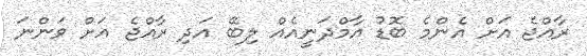
ރާއްޖެ އަށް އެންމެ ބޮޑު އާމްދަނީއެއް ލިބޭ އަދި ރާއްޖެ އަށް ވަންނަ